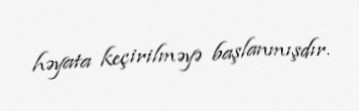
həyata keçirilməyə başlanmışdır.